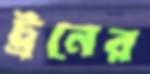
ট্রনের